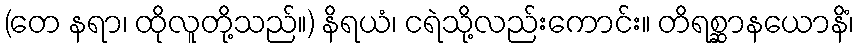
(တေ နရာ၊ ထိုလူတို့သည်။) နိရယံ၊ ငရဲသို့လည်းကောင်း။ တိရစ္ဆာနယောနိံ၊